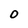
Character: 0